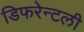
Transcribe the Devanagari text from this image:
डिफरेन्टली